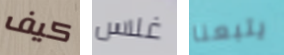
كيف غلاس يتبعنا